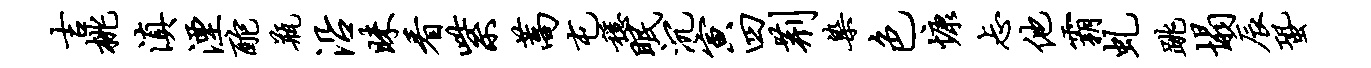
吉桃滇湮酡瓶沿昧看紫蒿屯稳眠沉寅四荆染色慷忐他霸虬跳塌辰蛩